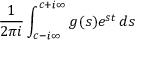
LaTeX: { \frac { 1 } { 2 \pi i } } \int _ { c - i \infty } ^ { c + i \infty } g ( s ) e ^ { s t } \, d s